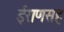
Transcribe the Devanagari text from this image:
ईराणसह